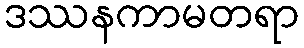
ဒဿနကာမတရာ